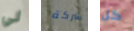
لي شركة كل